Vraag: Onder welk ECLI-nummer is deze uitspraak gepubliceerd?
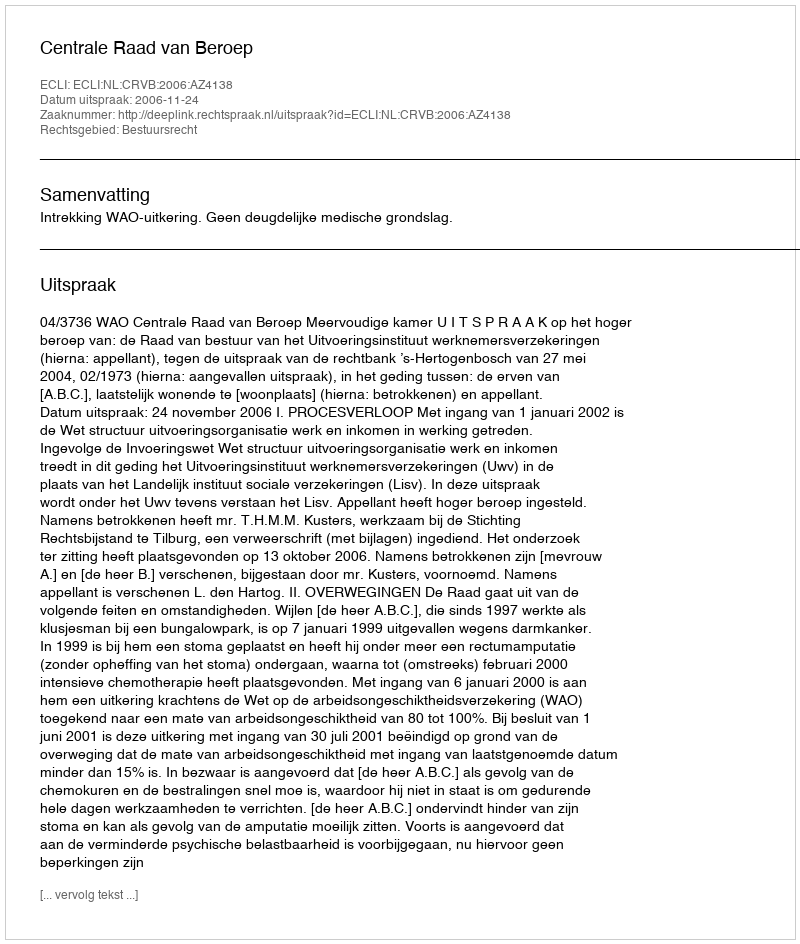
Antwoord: ECLI:NL:CRVB:2006:AZ4138